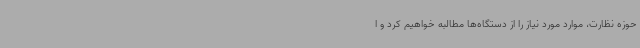
حوزه نظارت، موارد مورد نیاز را از دستگاه‌ها مطالبه خواهیم کرد و ا